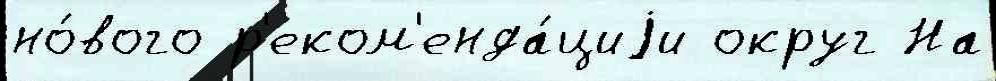
но́вого р'еком'енда́циjи округ На